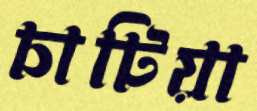
চাটিয়া